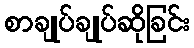
စာချုပ်ချုပ်ဆိုခြင်း